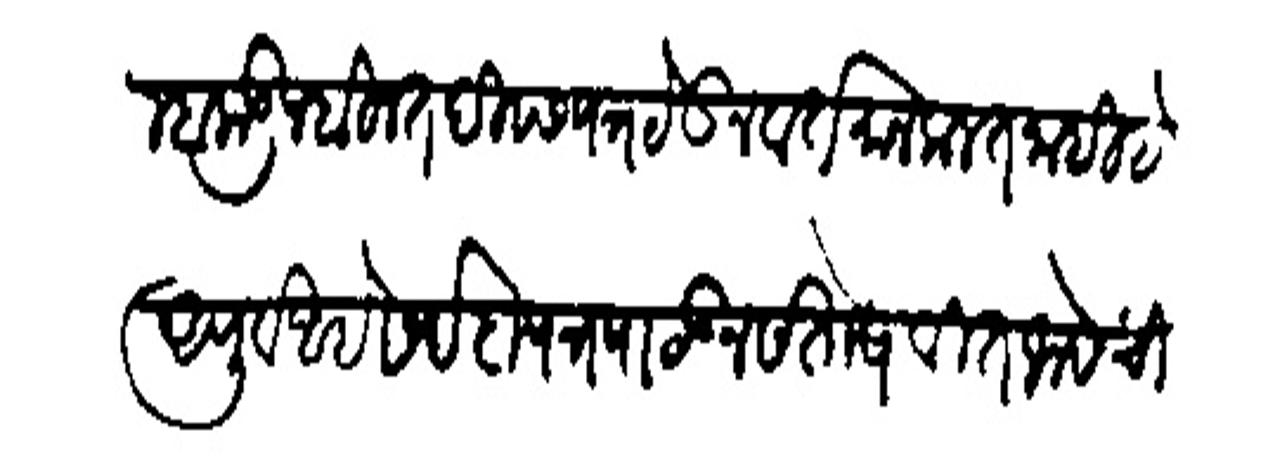
Transliteration (Devanagari): तुम्हाकडून बहुत दिवस पत्र येऊन वर्तमान कलत नाही है अपूर्व आहे सर्वदा पत्र पाठऊन संतोषयीत जावे चिरंजीव